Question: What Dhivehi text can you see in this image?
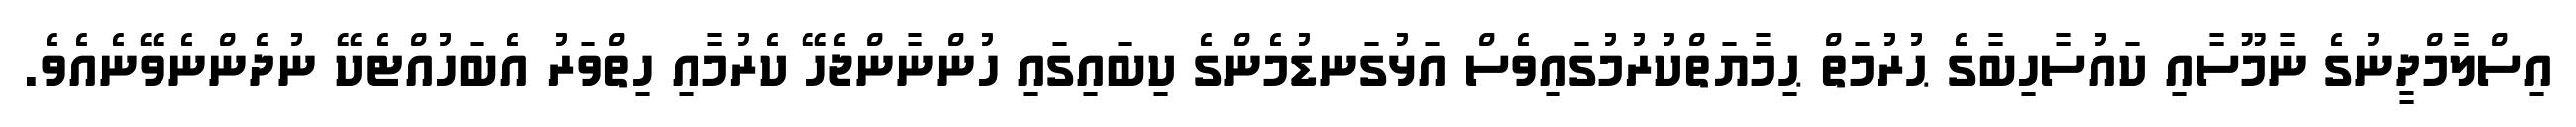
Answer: އިސްލާމްދީނުގެ ނާމޫސާއި ކައުސާހިބާގެ ޙުރުމަތް ޙިމާޔަތްކުރުމުގައިވެސް އަޅުގަނޑުމެންގެ ކިބައިގައި ހުންނާންޖެހޭ ކެރުމާއި ހިތްވަރު އެބަހުއްޓެކޭ ނުދެންނެވޭނެއެވެ.